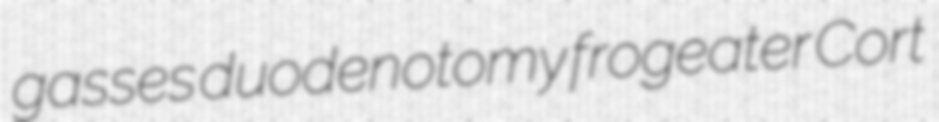
gasses duodenotomy frogeater Cort